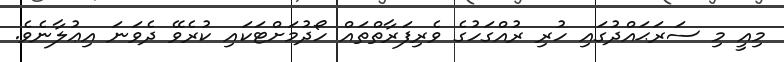
މިއީ މި ސަރަޙައްދުގައި ހުރި ރުއްގަހުގެ ވެރިފަރާތްތައް ހޯދުމަށްޓަކައި ކުރެވޭ ދެވަނަ އިޢުލާނެވެ.